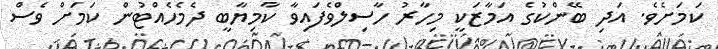
ކަމަށެވެ. އަދި ބޭންކުގެ އަމާޒަކީ މިހާރު ހާސިލްވެފައިވާ ކާމިޔާބީ ދެމެހެއްޓުން ކަމަށް ވެސް